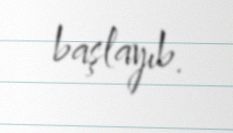
başlayıb.